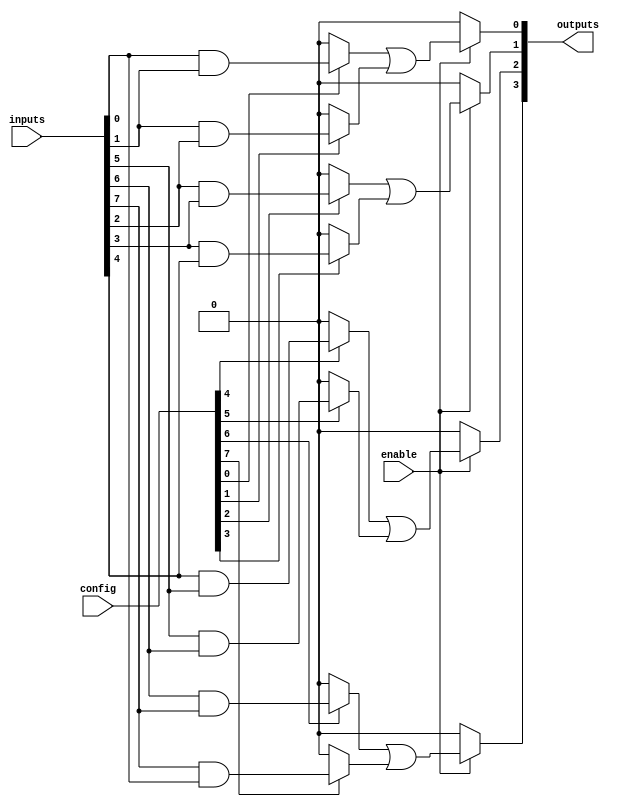
module CLB (
    input wire [N-1:0] inputs,         // N input signals
    input wire [M-1:0] config,         // Configuration signals for AND gates
    input wire enable,                  // Enable signal for the CLB
    output wire [P-1:0] outputs         // P output signals
);

// Parameter definitions
parameter N = 8;                       // Number of inputs
parameter M = 16;                      // Number of product terms
parameter P = 4;                       // Number of outputs

// Internal signals
wire [M-1:0] and_terms;               // Intermediate product terms
wire [P-1:0] or_terms;                // Final output terms

// Generate AND gates based on configuration
genvar i, j;
generate
    for (i = 0; i < M; i = i + 1) begin : and_gate_gen
        assign and_terms[i] = (config[i] ? (inputs[i % N] & inputs[(i + 1) % N]) : 1'b0);
    end
endgenerate

// OR gates to combine product terms
generate
    for (j = 0; j < P; j = j + 1) begin : or_gate_gen
        assign or_terms[j] = enable ? (and_terms[j * 2] | and_terms[j * 2 + 1]) : 1'b0;
    end
endgenerate

// Final output assignment
assign outputs = or_terms;

endmodule